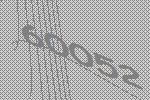
60052